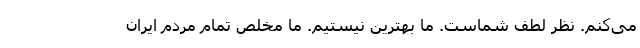
می‌کنم. نظر لطف شماست. ما بهترین نیستیم. ما مخلص تمام مردم ایران